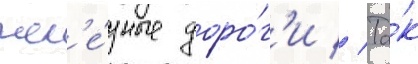
жел'е́зные доро́г'и // Та́к